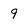
Character: 9